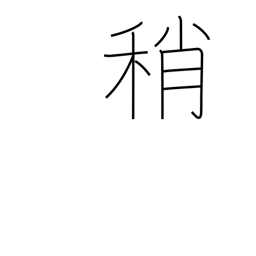
Meaning: slightly